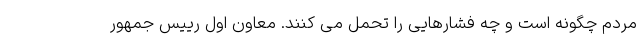
مردم چگونه است و چه فشارهایی را تحمل می کنند. معاون اول رییس جمهور